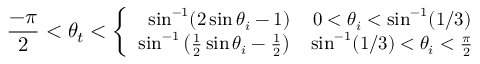
\small \frac { - \pi } { 2 } < \theta _ { t } < \left\{ \begin{array} { r c r } { \sin ^ { - 1 } ( 2 \sin \theta _ { i } - 1 ) } & { 0 < \theta _ { i } < \sin ^ { - 1 } ( 1 / 3 ) } \\ { \sin ^ { - 1 } \left( \frac { 1 } { 2 } \sin \theta _ { i } - \frac { 1 } { 2 } \right) } & { \sin ^ { - 1 } ( 1 / 3 ) < \theta _ { i } < \frac { \pi } { 2 } } \end{array} \right.